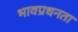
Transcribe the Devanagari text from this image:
भावप्रधनता